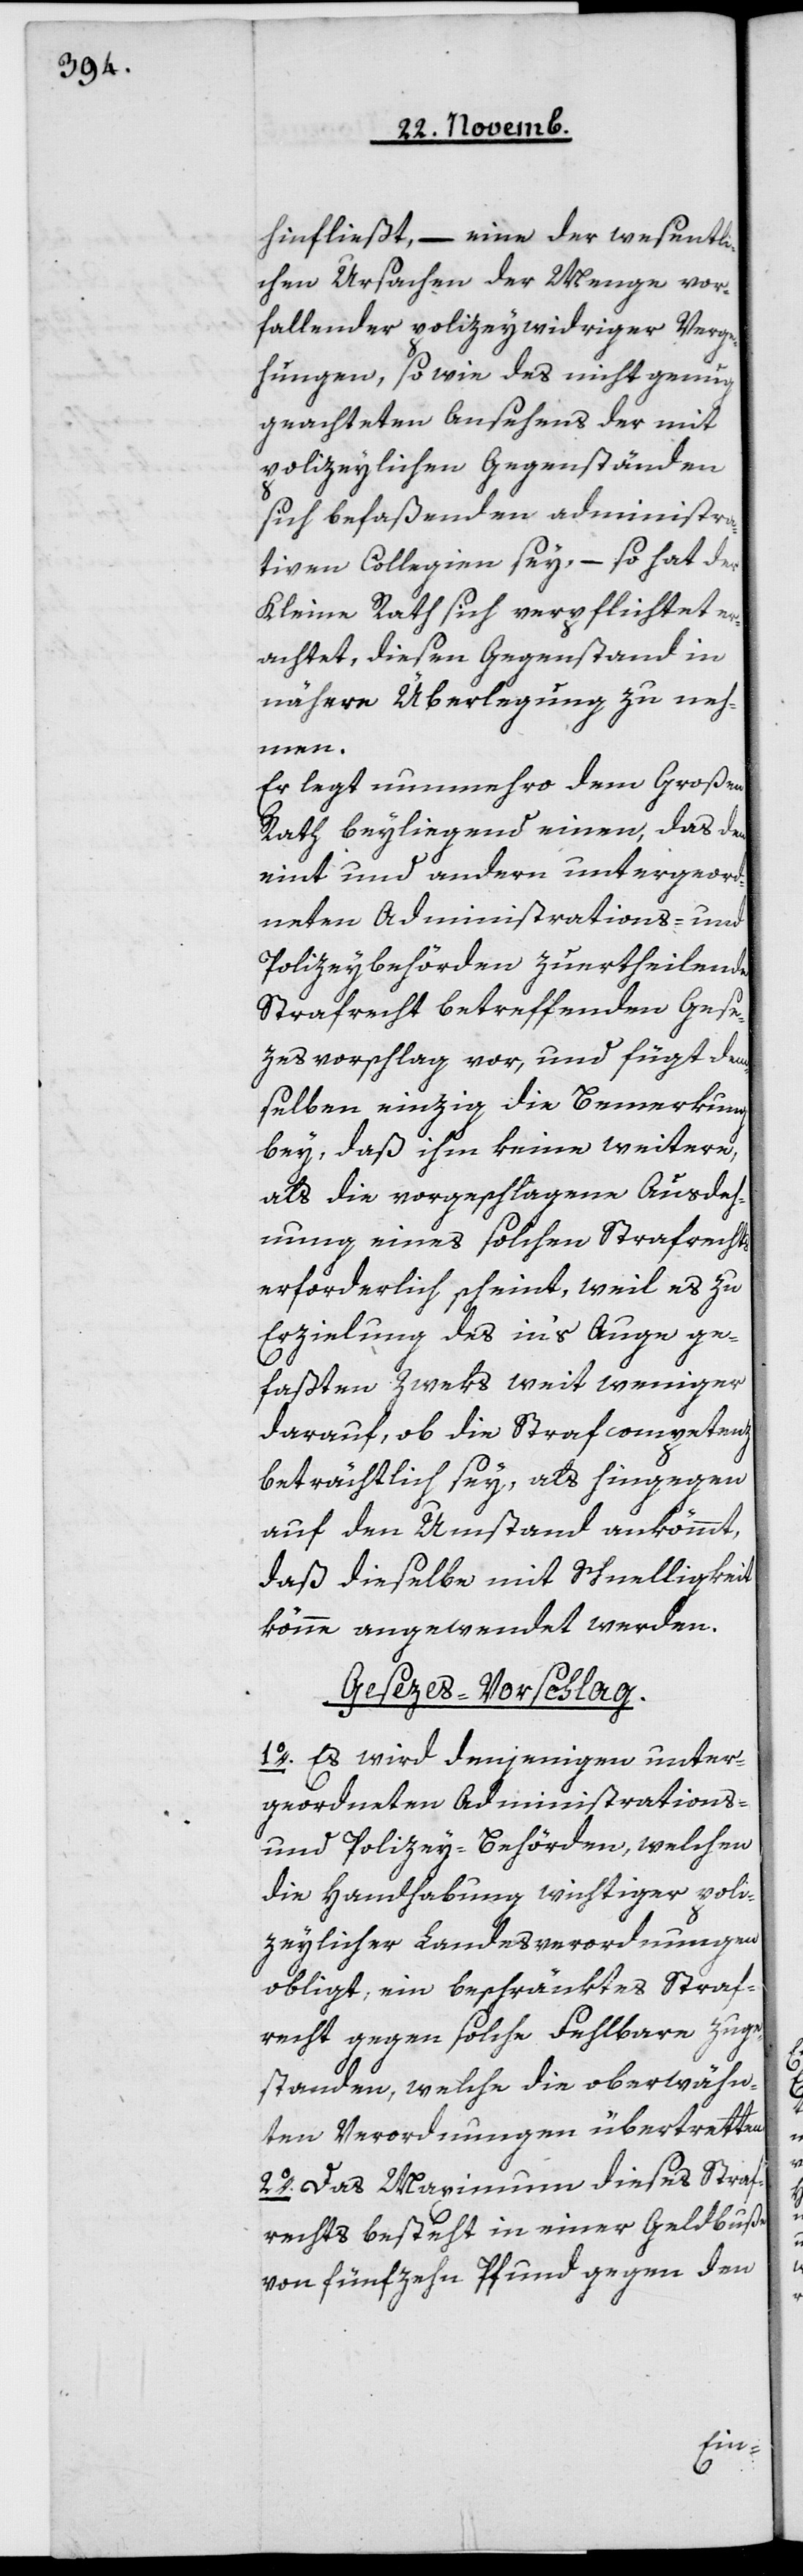
hinfließt, – eine der wesentli¬
chen Ursachen der Menge vor¬
fallender Polizeywidriger Verge¬
hungen, so wie des nicht genug
geachteten Ansehens der mit
polizeylichen Gegenständen
sich befaßenden administra¬
tiven Collegien sey, – so hat der
Kleine Rath sich verpflichtet er¬
achtet, diesen Gegenstand in
nähere Überlegung zu neh¬
men.
Er legt nunmehro dem Großen
Rath beyliegend einen, das den
eint und andern untergeord¬
neten Administrations- und
Polizeybehörden zu ertheilende
Strafrecht betreffenden Gese¬
zesvorschlag vor, und fügt dem¬
selben einzig die Bemerkung
bey, daß ihm keine weitere,
als die vorgeschlagene Ausdeh¬
nung eines solchen Strafrechts
erforderlich scheint, weil es zu
Erzielung des in‘s Auge ge¬
faßten Zweks weit weniger
darauf, ob die Strafcompetenz
beträchtlich sey, als hingegen
auf den Umstand ankömmt,
daß dieselbe mit Schnelligkeit
könne angewendet werden.
Gesezes-Vorschlag.
1o Es wird denjenigen unter¬
geordneten Administrations-
und Polizey-Behörden, welchen
die Handhabung wichtiger poli¬
zeylicher Landesverordnungen
obligt, ein beschränktes Straf¬
recht gegen solche Fehlbare zuge¬
standen, welche die oberwähn¬
ten Verordnungen übertretten.
2o Das Maximum dieses Straf¬
rechts besteht in einer Geldbuße
von fünfzehn Pfund gegen den